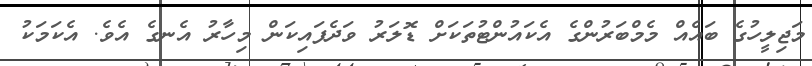
މަޖިލީހުގެ ބައެއް މެމްބަރުންގެ އެކައުންޓުތަކަށް ޑޮލަރު ވަދެފައިކަން މިހާރު އެނގެ އެވެ. އެކަމަކު